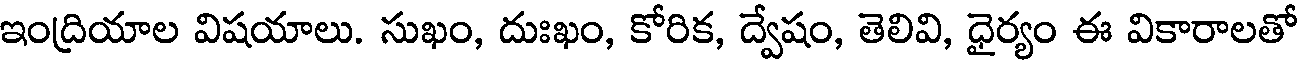
ఇంద్రియాల విషయాలు. సుఖం, దుఃఖం, కోరిక, ద్వేషం, తెలివి, ధైర్యం ఈ వికారాలతో